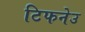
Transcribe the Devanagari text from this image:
टिफनेउ